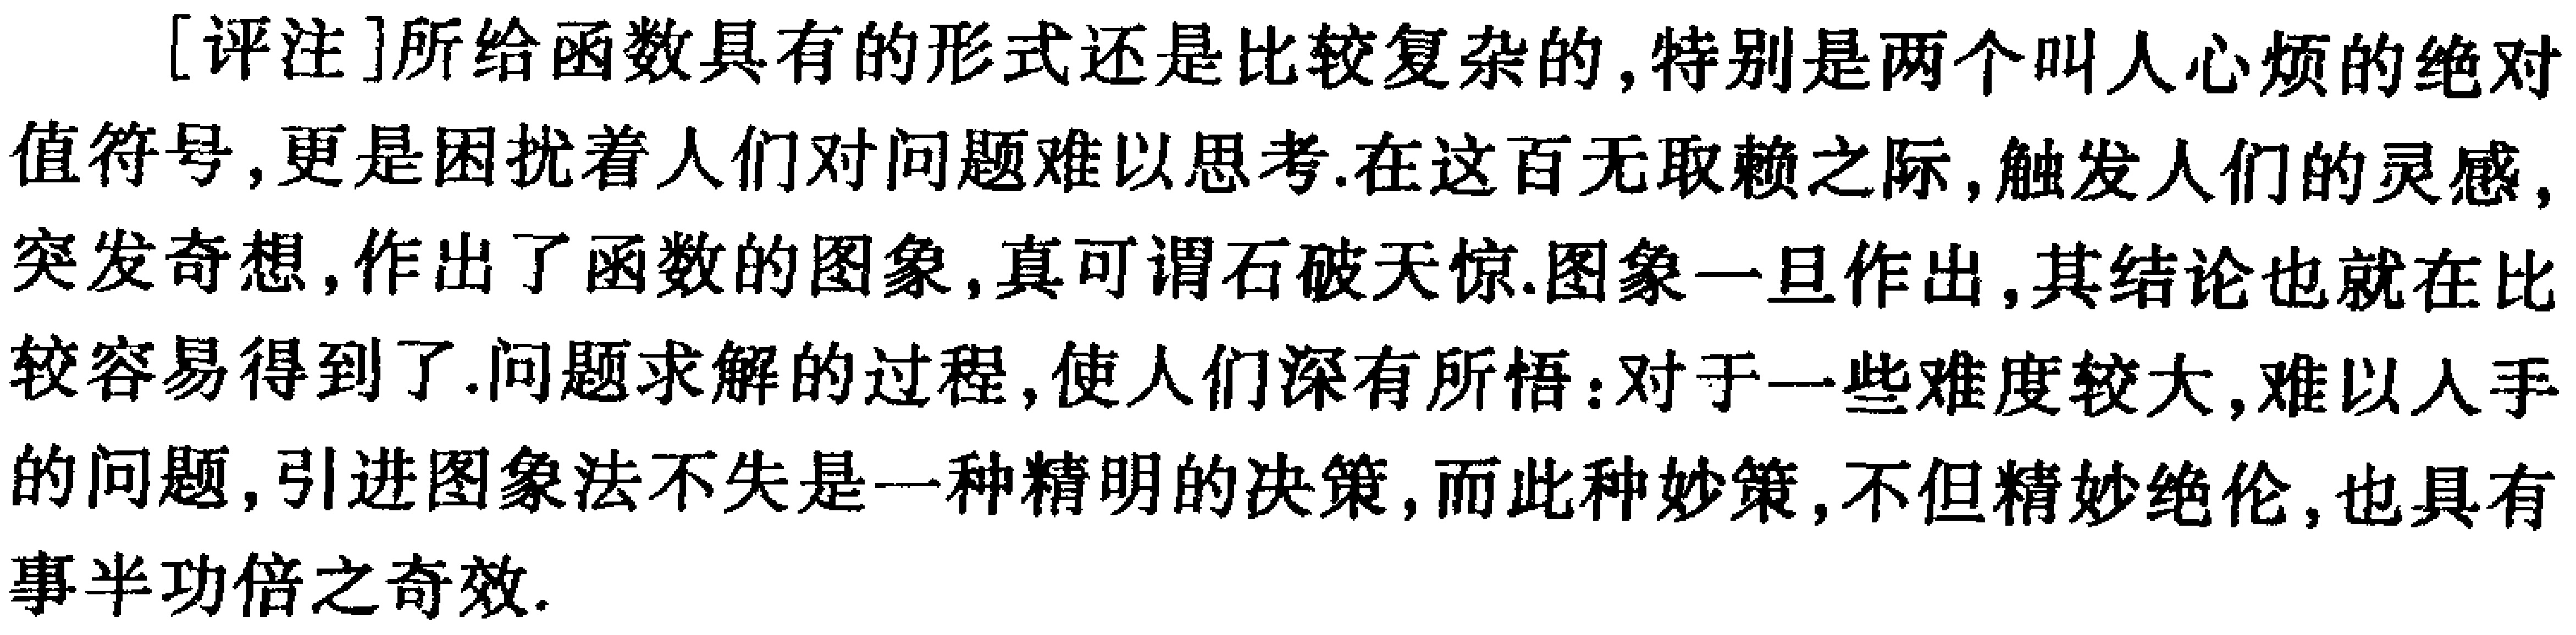
[评注]所给函数具有的形式还是比较复杂的,特别是两个叫人心烦的绝对值符号,更是困扰着人们对问题难以思考.在这百无取赖之际,触发人们的灵感,突发奇想,作出了函数的图象,真可谓石破天惊.图象一旦作出,其结论也就在比较容易得到了.问题求解的过程,使人们深有所悟:对于一些难度较大,难以人手的问题,引进图象法不失是一种精明的决策,而此种妙策,不但精妙绝伦,也具有事半功倍之奇效.